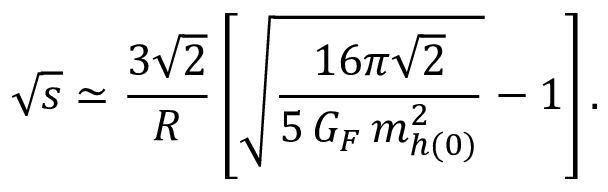
\sqrt { s } \simeq \frac { 3 \sqrt { 2 } } { R } \left[ \sqrt { \frac { 1 6 \pi \sqrt { 2 } } { 5 \, G _ { F } \, m _ { h ( 0 ) } ^ { 2 } } } - 1 \right] .